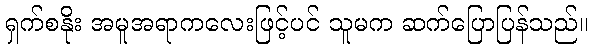
ရှက်စနိုး အမူအရာကလေးဖြင့်ပင် သူမက ဆက်ပြောပြန်သည်။